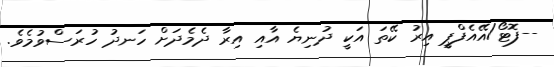
--ފޮޓޯ/އޭއެފްޕީ އިރު ކޭތަ އަކީ ދުނިޔެ އާއި އިރާ ދެމެދަށް ހަނދު ހުރަސްވުމެވެ.